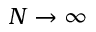
N \to \infty